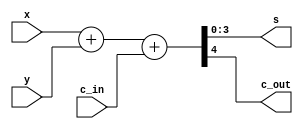
module adder_4_bit(s, c_out, x, y, c_in);
    input [3: 0] x, y;
    input c_in;
    output [3: 0] s;
    output c_out;
    
    assign {c_out, s} = x + y + c_in;
endmodule